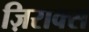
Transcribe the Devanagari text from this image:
ज़िराक्स